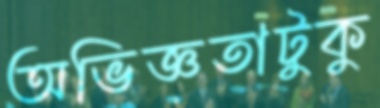
অভিজ্ঞতাটুকু